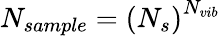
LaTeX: N_{sample}=\left(N_{s}\right)^{N_{vib}}